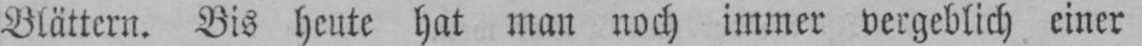
Blättern. Bis heute hat man noch immer vergeblich einer